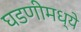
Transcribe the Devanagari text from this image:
घडणीमध्ये